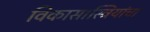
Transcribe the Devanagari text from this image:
विकास।स्त्रियांचा